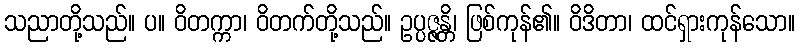
သညာတို့သည်။ ပ။ ဝိတက္ကာ၊ ဝိတက်တို့သည်။ ဥပ္ပဇ္ဇန္တိ၊ ဖြစ်ကုန်၏။ ဝိဒိတာ၊ ထင်ရှားကုန်သော။